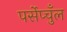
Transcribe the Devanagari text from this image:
पर्सेप्चुँल